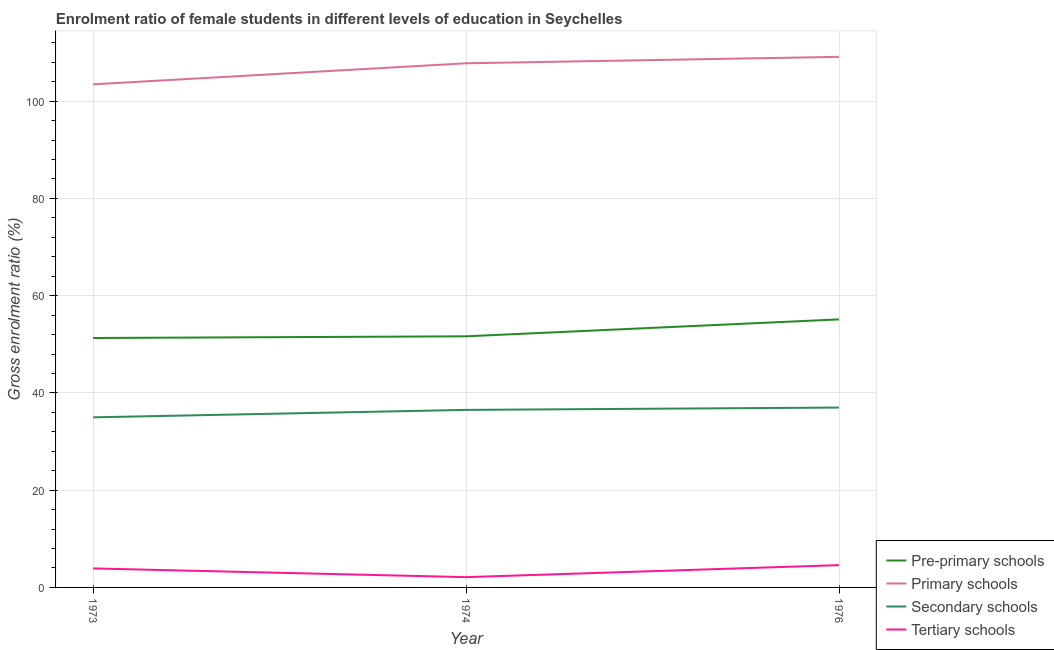
| Year | Pre-primary schools | Primary schools | Secondary schools | Tertiary schools |
 | --- | --- | --- | --- | --- |
 | 1973 | 51.3 | 103 | 35 | 3.91 |
 | 1974 | 51.6 | 108 | 36.5 | 2.11 |
 | 1976 | 55.1 | 109 | 37 | 4.58 |